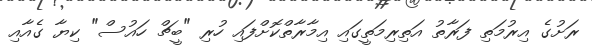
ރަށުގެ އިރުމަތި ފަރާތު އަތިރިމަތީގައި އިމާރާތްކޮށްފައި ހުރި "ބީޗް ހައުސް" ކިޔާ ގެއާއި